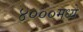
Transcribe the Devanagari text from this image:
४०००मध्ये